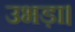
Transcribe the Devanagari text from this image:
उभड़ा।